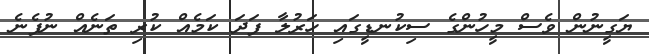
ޔަގީނުން ވެސް މީހުންގެ ސިކުނޑީގައި ހަރުލާ ފަދަ ކަމެއް ކުރި ތަނެއް ނުފެނެ